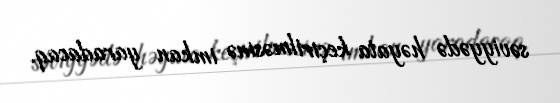
səviyyədə həyata keçirilməsinə imkan yaradacaq.